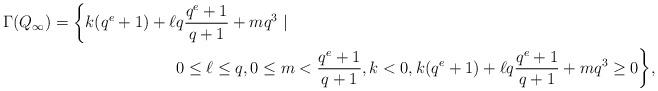
LaTeX: \begin{align*} \Gamma(Q_\infty)= \biggl\{ k(q^e+1)+\ell & q\frac{q^e+1}{q+1}+mq^3 \mid \\ & 0 \le \ell \le q, 0 \le m < \frac{q^e+1}{q+1}, k<0, k(q^e+1)+\ell q\frac{q^e+1}{q+1}+mq^3 \ge 0 \biggr\},\end{align*}